Annual administration report of the Civil Veterinary Department, Ajmere-Merwara, British Rajputana - 1914-1940
Year: 1914
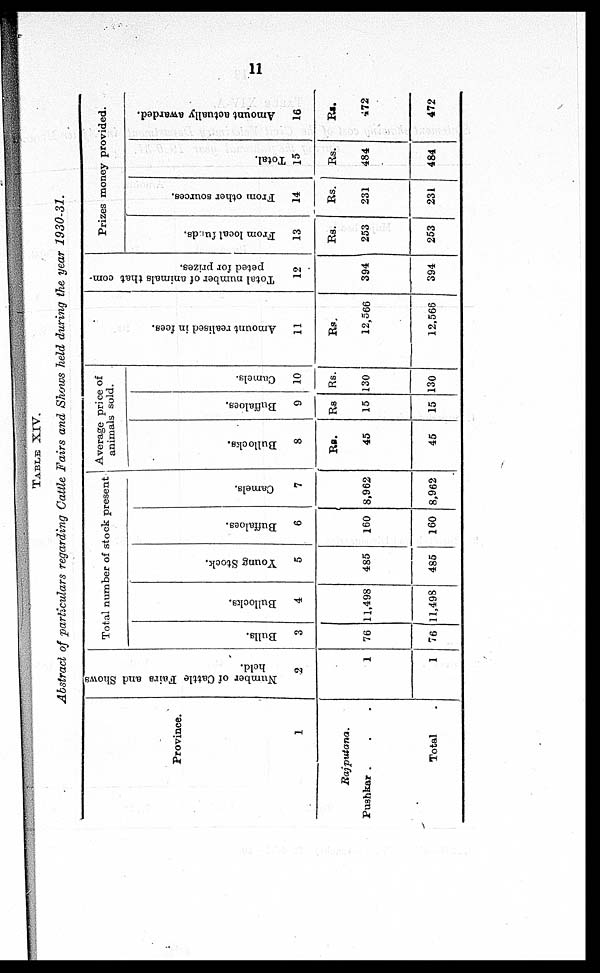
11
TABLE XIV.
Abstract of particulars regarding Cattle Fairs and Shows held during the year 1930-31.
Province.
1
Rajputana.
Pushkar . . .
Total .
Number of Cattle Fairs and Shows
held.
2
1
1
Total number of stock present
Bulls.
3
76
76
Bullocks.
4
11,498
11,498
Young Stock.
5
485
485
Buffaloes.
6
160
160
Camels.
7
8,962
8,962
Average price of
animals sold.
Bullocks.
8
Rs.
45
45
Buffaloes.
9
Rs
15
15
Camels.
10
RS.
130
130
Amo u n t r e a l i s e d in fees.
11
Rs.
12,566
12,566
Total number of animals that com-
peted for prizes.
12
394
394
Prizes money provided.
From local funds.
13
Rs.
253
253
From other sources.
14
Rs.
231
231
Total.
15
Rs.
484
484
Amount actually awarded.
16
Rs.
472
472